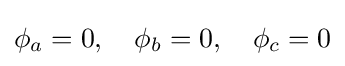
\phi _{a}=0,\quad \phi _{b}=0,\quad \phi _{c}=0